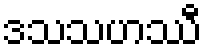
ဒသသဟဿီ